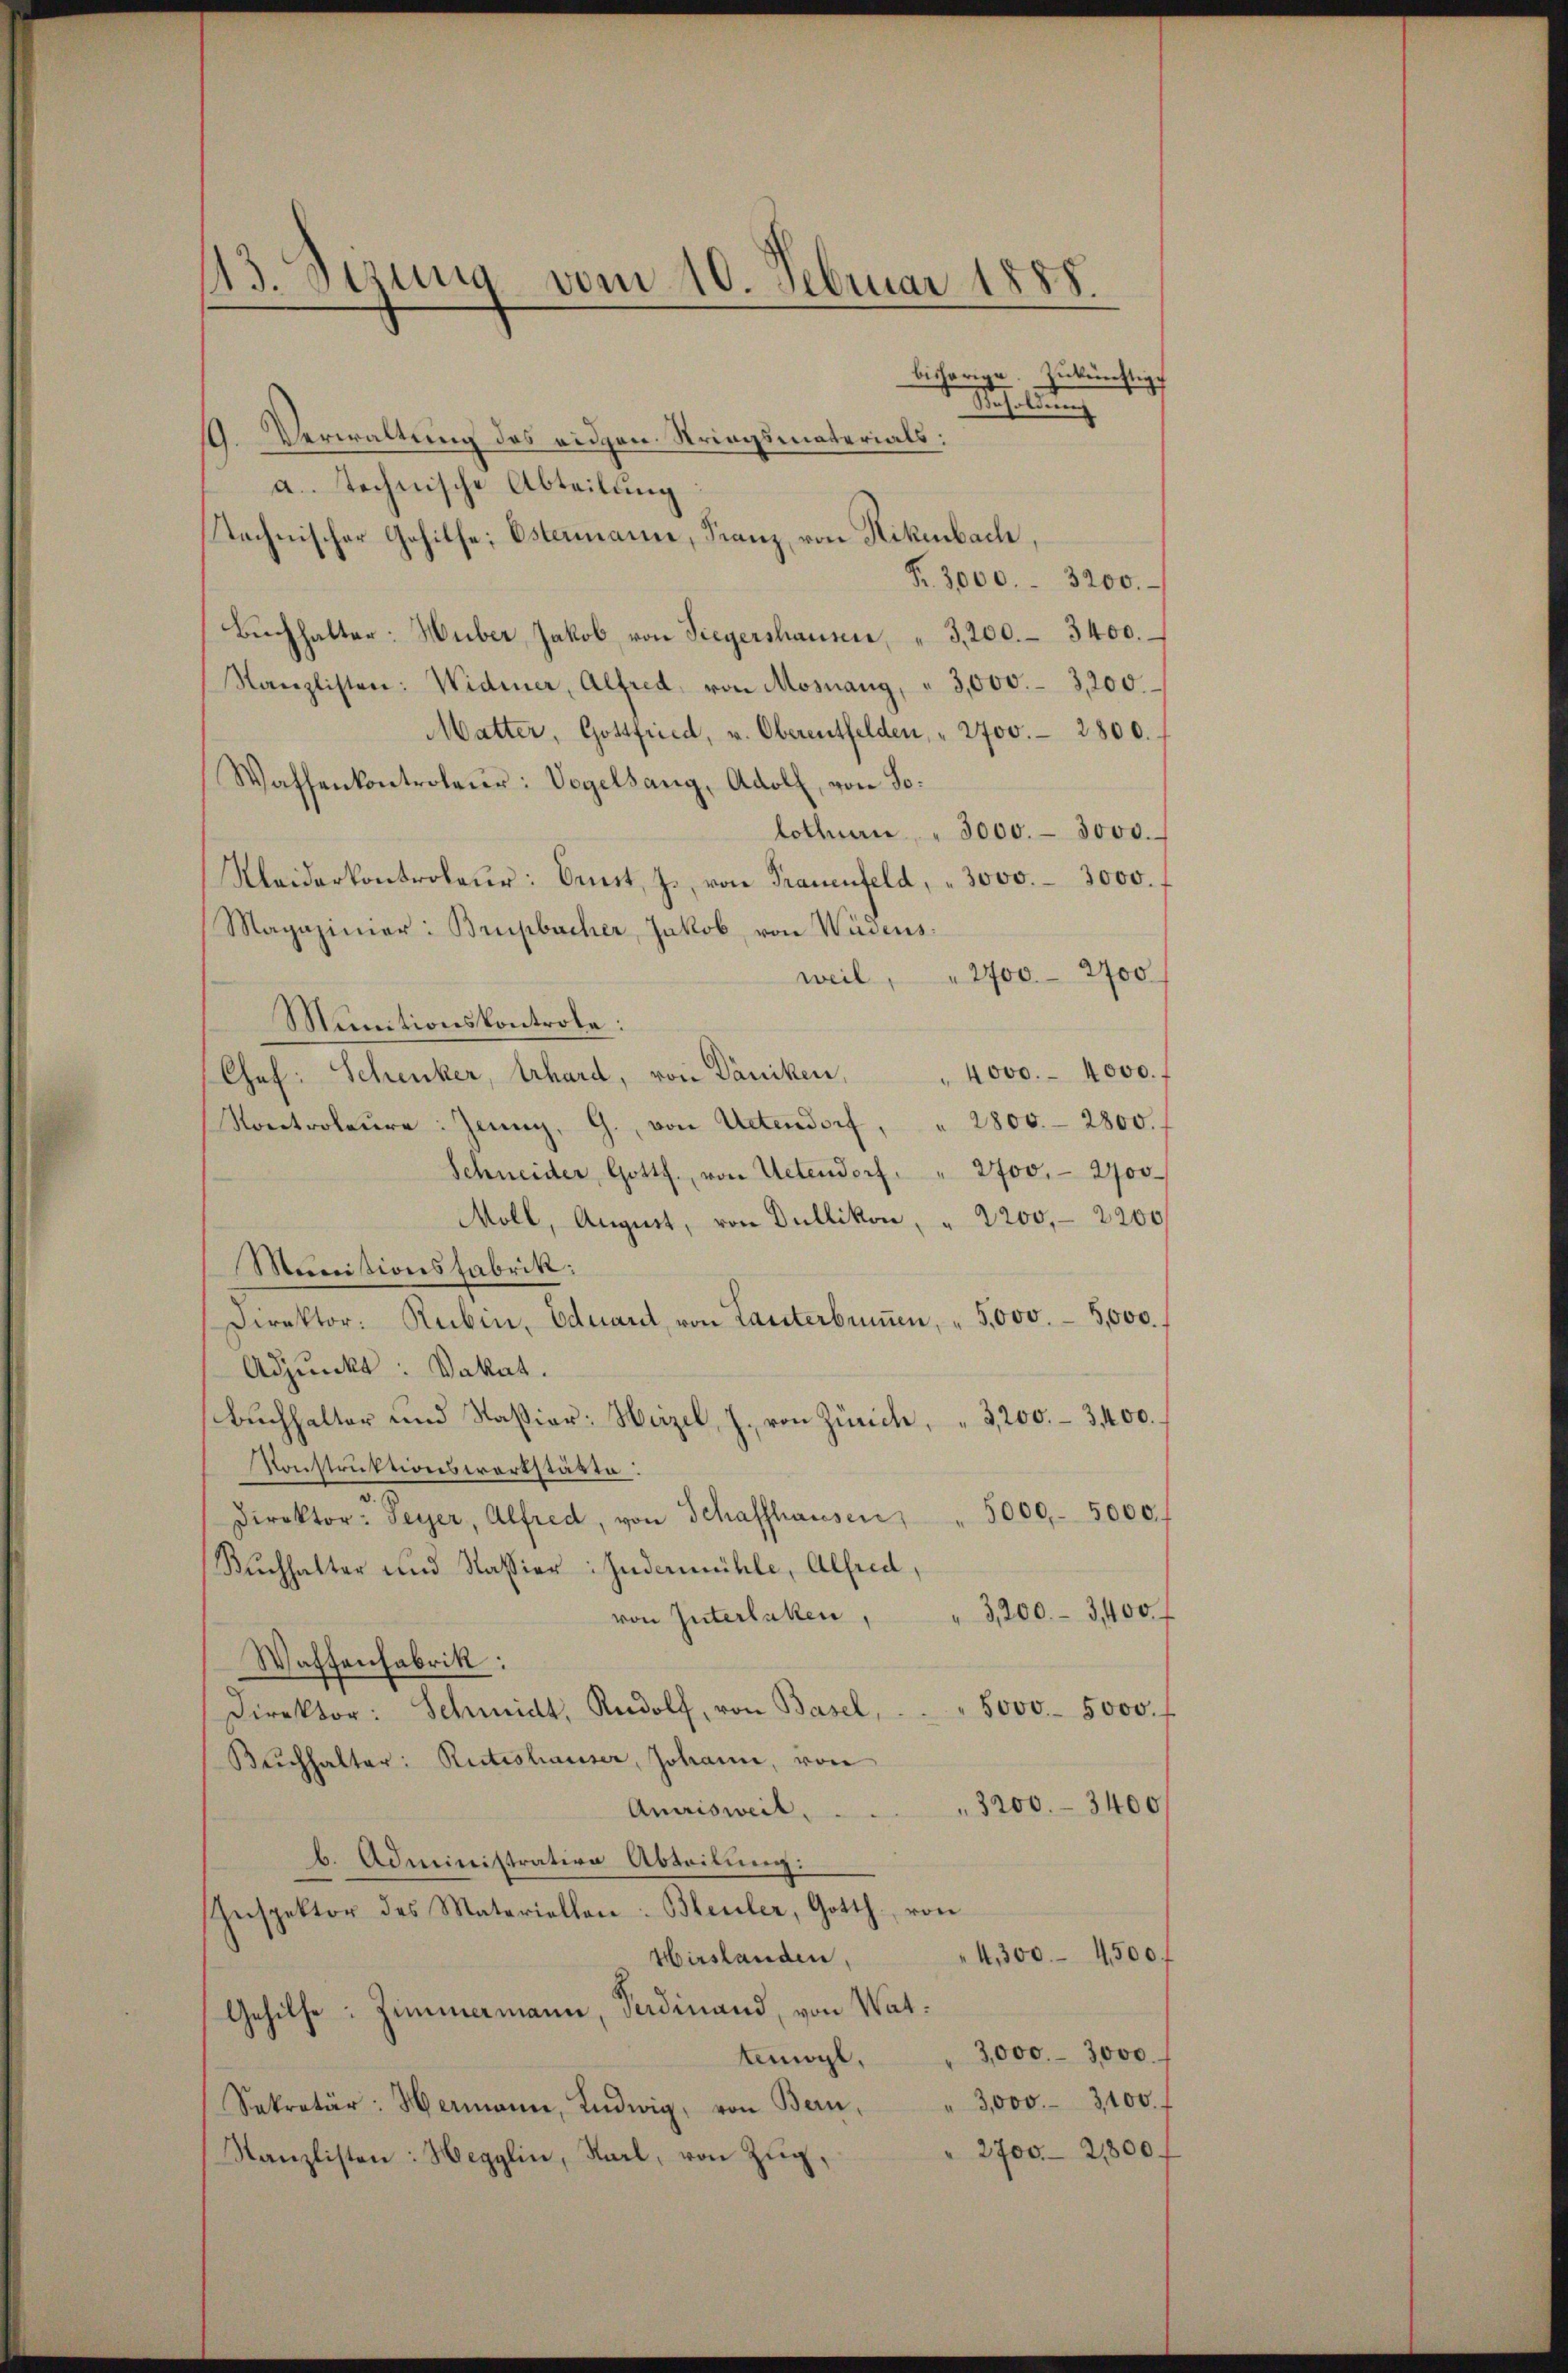
13. Sezung vom 10. Februar 1888.
bisherige. Zŭkünftig.

. Verwaltung des eidgen. Striegsmaterials:
a. technische Abteilung
technischer Gehilfe; Ostermann, Franz, von Nikenbach,
Fr. 3000. 3200.
Bŭchhalter: Wüber Jakob von Siegershausen, " 3,200. 3400.
Kanzlisten: Widmer, Alfred, von Mosnang, " 3,000.- 3,200.
Matter, Gottfried, v. Oberentfelden, " 2700.- 2800.
Waffenkontroleur: Vogelsang, Adolf, von So
lothurn " 3000.- 3000.
Meiderkontroleur: Orst, J., von Trauenfeld, " 3000. 3000.
Magazinier: Brupbacher Jakob von Wadens:
weil, " 2700.- 2700
Munitionskontrole:
Chef: Schenker, Erhard, von Däniken, " 4000.- 4000.
Kontroleŭre: Jenny, G., von Uetendorf, " 2800.- 2800.
Schneider Gotth. von Uetendorf. " 2700.- 2700
Moll, August, von Dullikon, " 2200, 2200
Moinitionsfabrik:
Direktor. Rubin, Eduardt, von Lauterbenen, " 5,000.- 5,000.
Adjunkt: Vakat.
Buchhalter und Kassion: Weizel, J. von Zürich, " 3,200. 3400.
Konstruktionswortstätte:
Direktor Peyer, Alfred, von Schaffhausen, " 5000.- 5000.
Buchhalter und Kassier Indemühle, Alfred,
3,200.- 3,400
von Interlaken,
Waffenfabrik:
Direktor: Schmidt, Rudolf, von Basel,  ..  ..  ..  Sooo- 5000. f
Bŭchhalter: Rutrshauser, Johann, von
3200.- 3400
Amrisweil.
b. Administration Abteilung:
Inspektor des Materiellen: Bleuler, Gotth. von
4,300. 4500.
Hirslanden,
Gehilfe: Zummamann, Sardinand, von Wat:
3,000.- 3000
temögl,
3,000. 3100.
Sekretär: Hermann, Ludwig, von Bern,
2700. 21800.
Kanzlisten: Hegglin, Karl, von Zug,

. f. Aben